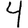
Digit: 4